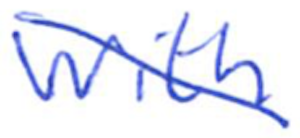
Text: with
Cross-out: diagonal
Writing tool: ballpoint